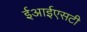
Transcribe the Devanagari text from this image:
ईआईएसटी